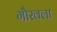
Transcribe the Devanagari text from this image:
गौरवला